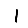
Digit: 1